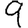
Digit: 9